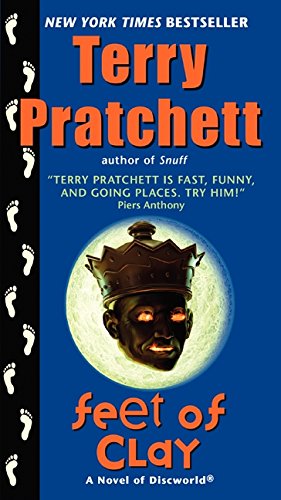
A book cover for Feet of Clay: A Novel of Discworld; Terry Pratchett; Literature & Fiction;